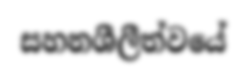
සහනශීලීත්වයේ